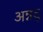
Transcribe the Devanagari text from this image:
अन्नद्